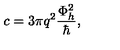
c = 3 \pi q ^ { 2 } \frac { \Phi _ { h } ^ { 2 } } { \hbar } ,